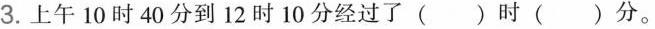
3.上午10时40分到12时10分经过了（）时（）分。